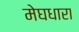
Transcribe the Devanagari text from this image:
मेघधारा